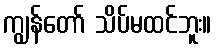
ကျွန်တော် သိပ်မထင်ဘူး။